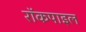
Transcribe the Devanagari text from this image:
रॉकपाइल